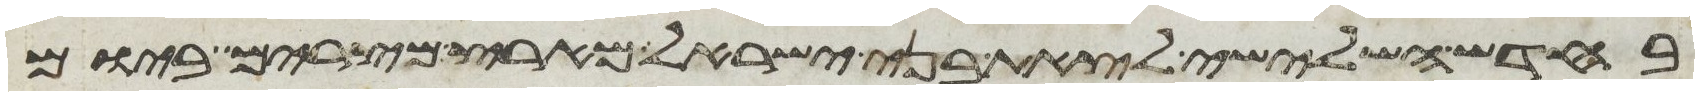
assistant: בחדש השלישי לצאת בני ישראל מארץ מצרים ביום